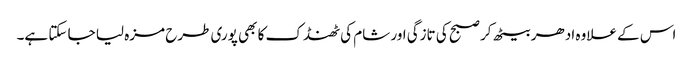
اس کے علاوہ ادھر بیٹھ کر صبح کی تازگی اور شام کی ٹھنڈک کا بھی پوری طرح مزہ لیا جا سکتا ہے۔